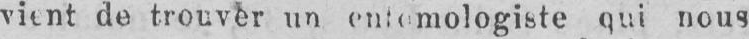
qui nous